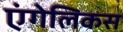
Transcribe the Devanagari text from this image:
एंगेलिकस